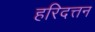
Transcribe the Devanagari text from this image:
हरिदत्तन